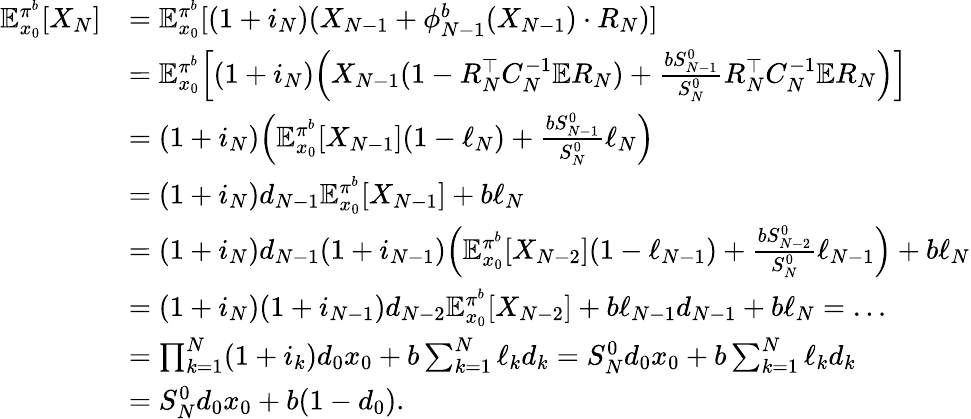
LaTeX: \begin{array}{rl}{\mathbb{E}_{x_{0}}^{\pi^{b}}[X_{N}]}&{=\mathbb{E}_{x_{0}}^{\pi^{b}}[(1+i_{N})(X_{N-1}+\phi_{N-1}^{b}(X_{N-1})\cdot R_{N})]}\\ &{=\mathbb{E}_{x_{0}}^{\pi^{b}}\Big[(1+i_{N})\Big(X_{N-1}(1-R_{N}^{\top}C_{N}^{-1}\mathbb{E}R_{N})+\frac{bS_{N-1}^{0}}{S_{N}^{0}}R_{N}^{\top}C_{N}^{-1}\mathbb{E}R_{N}\Big)\Big]}\\ &{=(1+i_{N})\Big(\mathbb{E}_{x_{0}}^{\pi^{b}}[X_{N-1}](1-\ell_{N})+\frac{bS_{N-1}^{0}}{S_{N}^{0}}\ell_{N}\Big)}\\ &{=(1+i_{N})d_{N-1}\mathbb{E}_{x_{0}}^{\pi^{b}}[X_{N-1}]+b\ell_{N}}\\ &{=(1+i_{N})d_{N-1}(1+i_{N-1})\Big(\mathbb{E}_{x_{0}}^{\pi^{b}}[X_{N-2}](1-\ell_{N-1})+\frac{bS_{N-2}^{0}}{S_{N}^{0}}\ell_{N-1}\Big)+b\ell_{N}}\\ &{=(1+i_{N})(1+i_{N-1})d_{N-2}\mathbb{E}_{x_{0}}^{\pi^{b}}[X_{N-2}]+b\ell_{N-1}d_{N-1}+b\ell_{N}=\ldots}\\ &{=\prod_{k=1}^{N}(1+i_{k})d_{0}x_{0}+b\sum_{k=1}^{N}\ell_{k}d_{k}=S_{N}^{0}d_{0}x_{0}+b\sum_{k=1}^{N}\ell_{k}d_{k}}\\ &{=S_{N}^{0}d_{0}x_{0}+b(1-d_{0}).}\end{array}